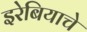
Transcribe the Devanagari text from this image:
इरेबियाचे